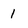
Character: 1